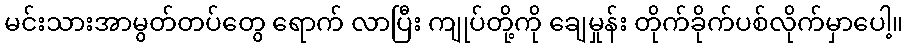
မင်းသားအာမွတ်တပ်တွေ ရောက် လာပြီး ကျုပ်တို့ကို ချေမှုန်း တိုက်ခိုက်ပစ်လိုက်မှာပေါ့။